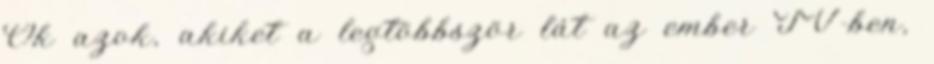
Ők azok, akiket a legtöbbször lát az ember TV-ben,